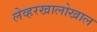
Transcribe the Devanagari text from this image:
लेव्हरखालोखाल